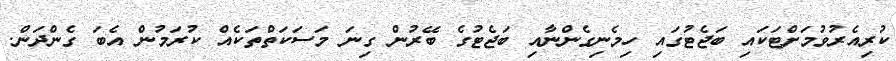
ކުރިއެރުވުމަށްޓަކައި ބަޖެޓުގައި ހިމެނިގެންނާއި ބަޖެޓުގެ ބޭރުން ގިނަ މަސަކަތްތަކެއް ކުރަމުން އެބަ ގެންދަން.